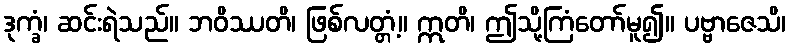
ဒုက္ခံ၊ ဆင်းရဲသည်။ ဘဝိဿတိ၊ ဖြစ်လတ္တံ့။ ဣတိ၊ ဤသို့ကြံတော်မူ၍။ ပဗ္ဗာဇေသိ၊